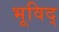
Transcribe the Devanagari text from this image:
भूविद्